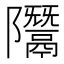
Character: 𨽨